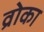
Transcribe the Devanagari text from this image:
व्रोका